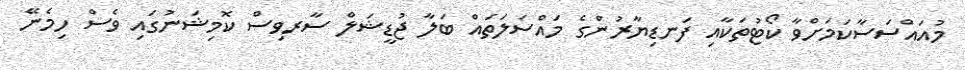
މުއައްސަސާކަމަށްވާ ކޯޓުތަކާއި ފަނޑިޔާރުންގެ މައްސަލަތައް ބަލާ ޖުޑީޝަލް ސާރވިސް ކޮމިޝަނުގައި ވެސް ހިމެނޭ